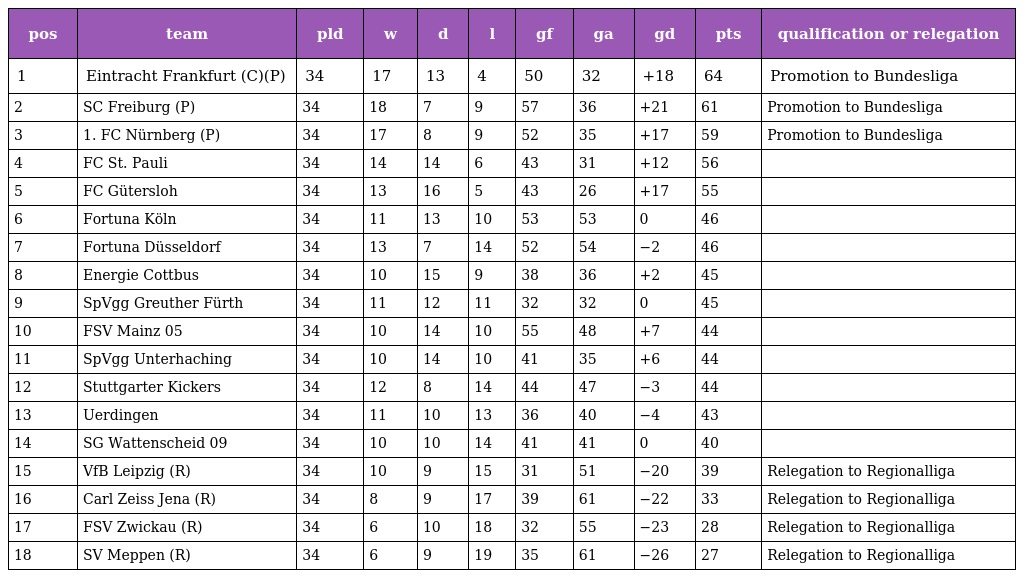
| pos | team | pld | w | d | l | gf | ga | gd | pts | qualification or relegation |
 | --- | --- | --- | --- | --- | --- | --- | --- | --- | --- | --- |
 | 1 | Eintracht Frankfurt (C)(P) | 34 | 17 | 13 | 4 | 50 | 32 | +18 | 64 | Promotion to Bundesliga |
 | 2 | SC Freiburg (P) | 34 | 18 | 7 | 9 | 57 | 36 | +21 | 61 | Promotion to Bundesliga |
 | 3 | 1. FC Nürnberg (P) | 34 | 17 | 8 | 9 | 52 | 35 | +17 | 59 | Promotion to Bundesliga |
 | 4 | FC St. Pauli | 34 | 14 | 14 | 6 | 43 | 31 | +12 | 56 |  |
 | 5 | FC Gütersloh | 34 | 13 | 16 | 5 | 43 | 26 | +17 | 55 |  |
 | 6 | Fortuna Köln | 34 | 11 | 13 | 10 | 53 | 53 | 0 | 46 |  |
 | 7 | Fortuna Düsseldorf | 34 | 13 | 7 | 14 | 52 | 54 | −2 | 46 |  |
 | 8 | Energie Cottbus | 34 | 10 | 15 | 9 | 38 | 36 | +2 | 45 |  |
 | 9 | SpVgg Greuther Fürth | 34 | 11 | 12 | 11 | 32 | 32 | 0 | 45 |  |
 | 10 | FSV Mainz 05 | 34 | 10 | 14 | 10 | 55 | 48 | +7 | 44 |  |
 | 11 | SpVgg Unterhaching | 34 | 10 | 14 | 10 | 41 | 35 | +6 | 44 |  |
 | 12 | Stuttgarter Kickers | 34 | 12 | 8 | 14 | 44 | 47 | −3 | 44 |  |
 | 13 | Uerdingen | 34 | 11 | 10 | 13 | 36 | 40 | −4 | 43 |  |
 | 14 | SG Wattenscheid 09 | 34 | 10 | 10 | 14 | 41 | 41 | 0 | 40 |  |
 | 15 | VfB Leipzig (R) | 34 | 10 | 9 | 15 | 31 | 51 | −20 | 39 | Relegation to Regionalliga |
 | 16 | Carl Zeiss Jena (R) | 34 | 8 | 9 | 17 | 39 | 61 | −22 | 33 | Relegation to Regionalliga |
 | 17 | FSV Zwickau (R) | 34 | 6 | 10 | 18 | 32 | 55 | −23 | 28 | Relegation to Regionalliga |
 | 18 | SV Meppen (R) | 34 | 6 | 9 | 19 | 35 | 61 | −26 | 27 | Relegation to Regionalliga |